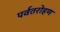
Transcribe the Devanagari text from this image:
पर्वतरोहण